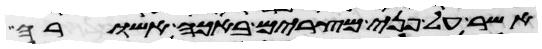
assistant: אשר על פני מצרים באכה אשורה